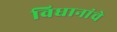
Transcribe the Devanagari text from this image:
विधानांचे